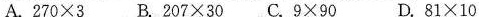
A.$$270 \times 3$$ B.$$2 0 7 \times 3 0$$ C.$$9 \times 9 0$$ D.$$8 1 \times 1 0$$